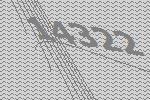
14322